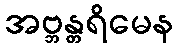
အဗ္ဘန္တရိမေန